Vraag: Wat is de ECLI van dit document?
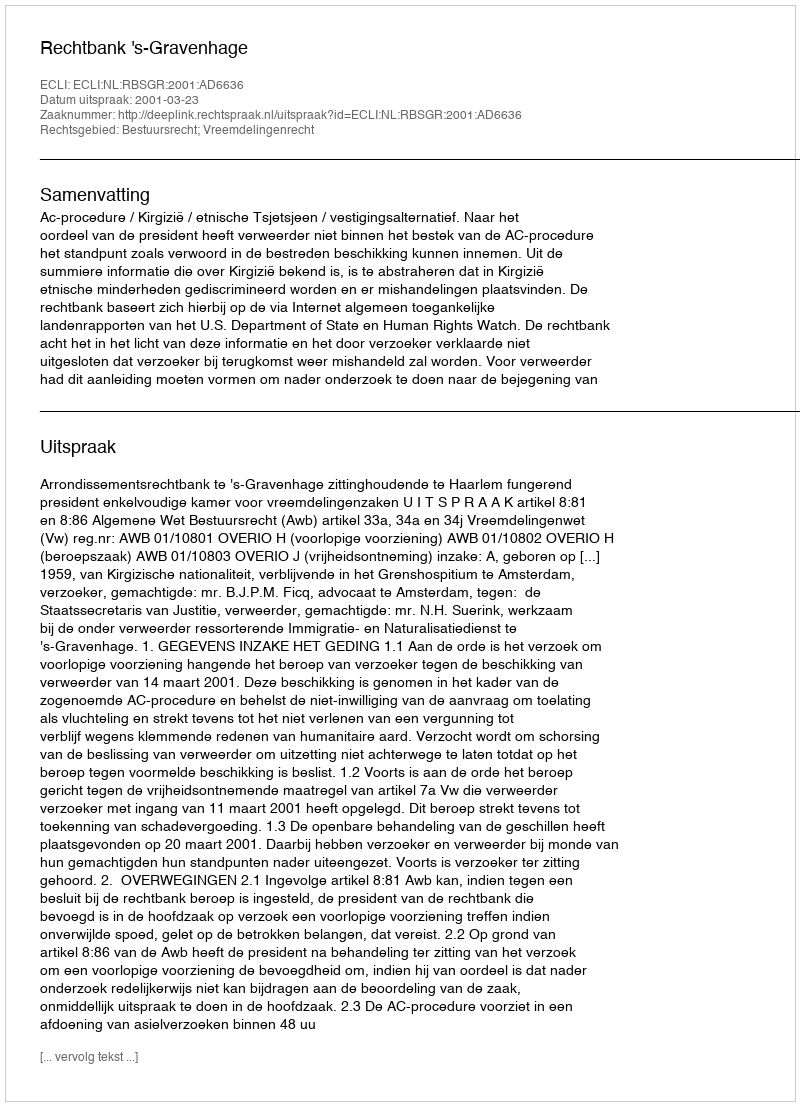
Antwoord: ECLI:NL:RBSGR:2001:AD6636